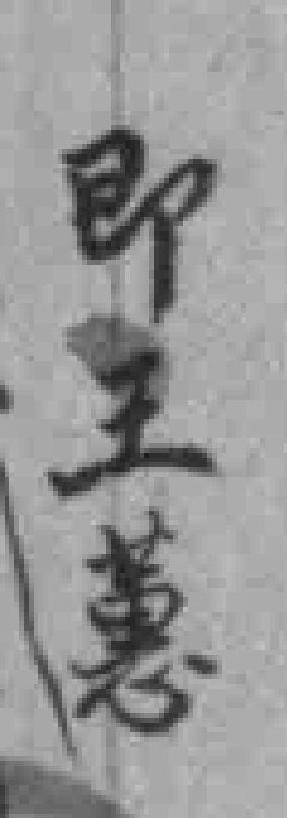
即王蕙